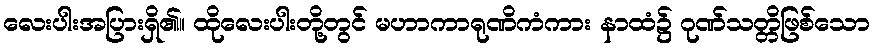
လေးပါးအပြားရှိ၏။ ထိုလေးပါးတို့တွင် မဟာကာရုဏိကံကား နာထံ၌ ဂုဏ်သတ္တိဖြစ်သော